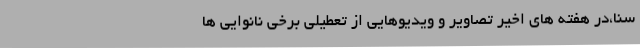
سنا،در هفته های اخیر تصاویر و ویدیوهایی از تعطیلی برخی نانوایی ها